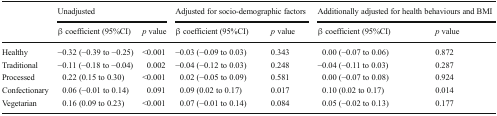
<table><thead><tr><td rowspan="2"></td><td colspan="2"><b>Unadjusted</b></td><td colspan="2"><b>Adjusted for socio-demographic factors</b></td><td colspan="2"><b>Additionally adjusted for health behaviours and BMI</b></td></tr><tr><td><b>β coefficient (95%CI)</b></td><td><b><i>p</i> value</b></td><td><b>β coefficient (95%CI)</b></td><td><b><i>p</i> value</b></td><td><b>β coefficient (95%CI)</b></td><td><b><i>p</i> value</b></td></tr></thead><tbody><tr><td>Healthy</td><td>−0.32 (−0.39 to −0.25)</td><td>&lt;0.001</td><td>−0.03 (−0.09 to 0.03)</td><td>0.343</td><td>0.00 (−0.07 to 0.06)</td><td>0.872</td></tr><tr><td>Traditional</td><td>−0.11 (−0.18 to −0.04)</td><td>0.002</td><td>−0.04 (−0.12 to 0.03)</td><td>0.248</td><td>−0.04 (−0.11 to 0.03)</td><td>0.287</td></tr><tr><td>Processed</td><td>0.22 (0.15 to 0.30)</td><td>&lt;0.001</td><td>0.02 (−0.05 to 0.09)</td><td>0.581</td><td>0.00 (−0.07 to 0.08)</td><td>0.924</td></tr><tr><td>Confectionary</td><td>0.06 (−0.01 to 0.14)</td><td>0.091</td><td>0.09 (0.02 to 0.17)</td><td>0.017</td><td>0.10 (0.02 to 0.17)</td><td>0.014</td></tr><tr><td>Vegetarian</td><td>0.16 (0.09 to 0.23)</td><td>&lt;0.001</td><td>0.07 (−0.01 to 0.14)</td><td>0.084</td><td>0.05 (−0.02 to 0.13)</td><td>0.177</td></tr></tbody></table>